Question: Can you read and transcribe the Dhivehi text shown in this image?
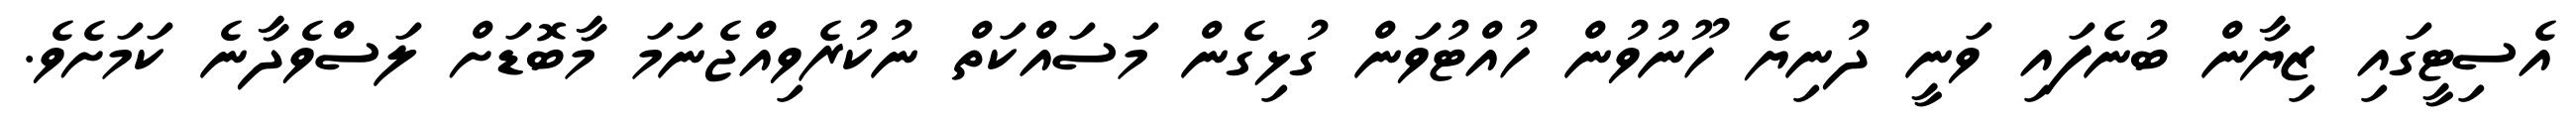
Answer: އެސިޓީގައި ޒިޔާން ބުނެފައި ވަނީ ދުނިޔެ ހޫނުވުން ހުއްޓުވަން ގުޅިގެން މަސައްކަތް ނުކުރެވިއްޖެނަމަ މާބޮޑަށް ލަސްވެދާނެ ކަމަށެވެ.